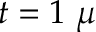
t = 1 ~ \mu